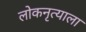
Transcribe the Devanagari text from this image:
लोकनृत्याला